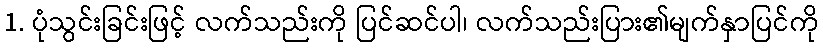
1. ပုံသွင်းခြင်းဖြင့် လက်သည်းကို ပြင်ဆင်ပါ၊ လက်သည်းပြား၏မျက်နှာပြင်ကို